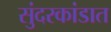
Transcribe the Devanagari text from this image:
सुंदरकांडात